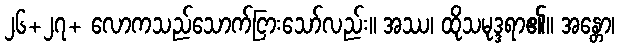
၂၆+၂၇+ လောကသည်သောက်ငြားသော်လည်း။ အဿ၊ ထိုသမုဒ္ဒရာ၏။ အန္တော၊